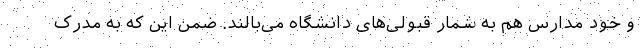
و خود مدارس هم به شمار قبولی‌های دانشگاه می‌بالند. ضمن این که به مدرک